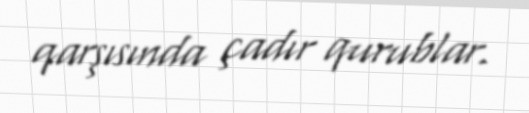
qarşısında çadır qurublar.